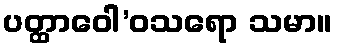
ပတ္ထာဝေါ’ဝသရော သမာ။